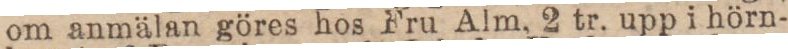
om anmälan göres hos Fru Alm, 2 tr. upp i hörn-